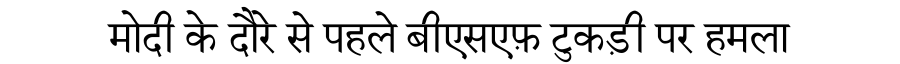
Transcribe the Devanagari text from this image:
मोदी के दौरे से पहले बीएसएफ़ टुकड़ी पर हमला